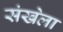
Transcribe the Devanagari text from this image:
संखेला